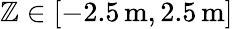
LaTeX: \mathbb{Z}\in[-2.5\, \mathrm{{m}},2.5\, \mathrm{{m}}]